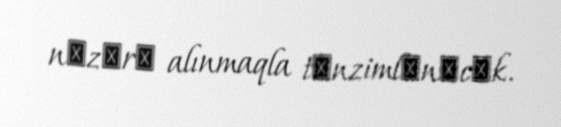
nәzәrә alınmaqla tәnzimlәnәcәk.